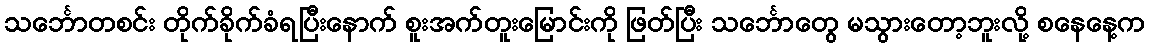
သင်္ဘောတစင်း တိုက်ခိုက်ခံရပြီးနောက် စူးအက်တူးမြောင်းကို ဖြတ်ပြီး သင်္ဘောတွေ မသွားတော့ဘူးလို့ စနေနေ့က